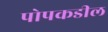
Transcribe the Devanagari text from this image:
पोपकडील